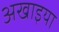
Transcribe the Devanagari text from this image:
अखाइया